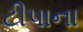
ટીપાના